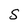
Character: S